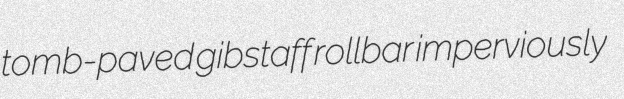
tomb-paved gibstaff rollbar imperviously